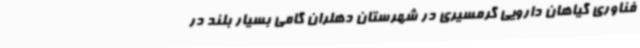
فناوری گیاهان دارویی گرمسیری در شهرستان دهلران گامی بسیار بلند در